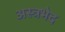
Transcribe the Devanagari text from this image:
अस्त्रभेद